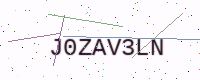
Text: J0ZAV3LN